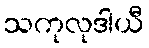
သကုလုဒါယီ